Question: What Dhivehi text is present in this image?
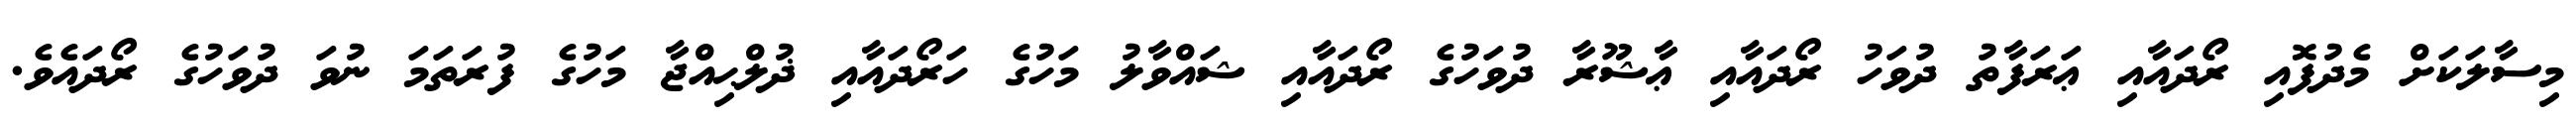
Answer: މިސާލަކަށް މެދުފޮއި ރޯދައާއި ޢަރަފާތު ދުވަހު ރޯދައާއި ޢާޝޫރާ ދުވަހުގެ ރޯދައާއި ޝައްވާލު މަހުގެ ހަރޯދައާއި ޛުލްޙިއްޖާ މަހުގެ ފުރަތަމަ ނުވަ ދުވަހުގެ ރޯދައެވެ.